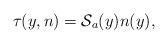
LaTeX: \begin{align*}\tau(y,n)=\mathcal{S}_{a}(y)n(y), \end{align*}